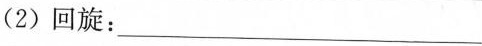
(2)回旋：___